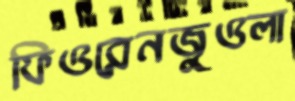
ফিওরেনজুওলা